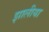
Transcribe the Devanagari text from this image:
झालीया